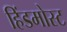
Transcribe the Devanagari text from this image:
हिंडमोस्ट